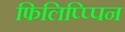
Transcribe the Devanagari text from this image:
फिलिप्प्पिन